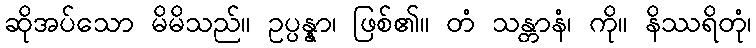
ဆိုအပ်သော မိမိသည်။ ဥပ္ပန္နာ၊ ဖြစ်၏။ တံ သန္တာနံ၊ ကို။ နိဿရိတုံ၊